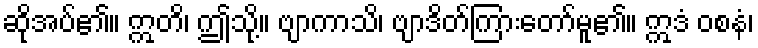
ဆိုအပ်၏။ ဣတိ၊ ဤသို့။ ဗျာကာသိ၊ ဗျာဒိတ်ကြားတော်မူ၏။ ဣဒံ ဝစနံ၊